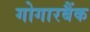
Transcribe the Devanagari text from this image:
गोगारबैंक